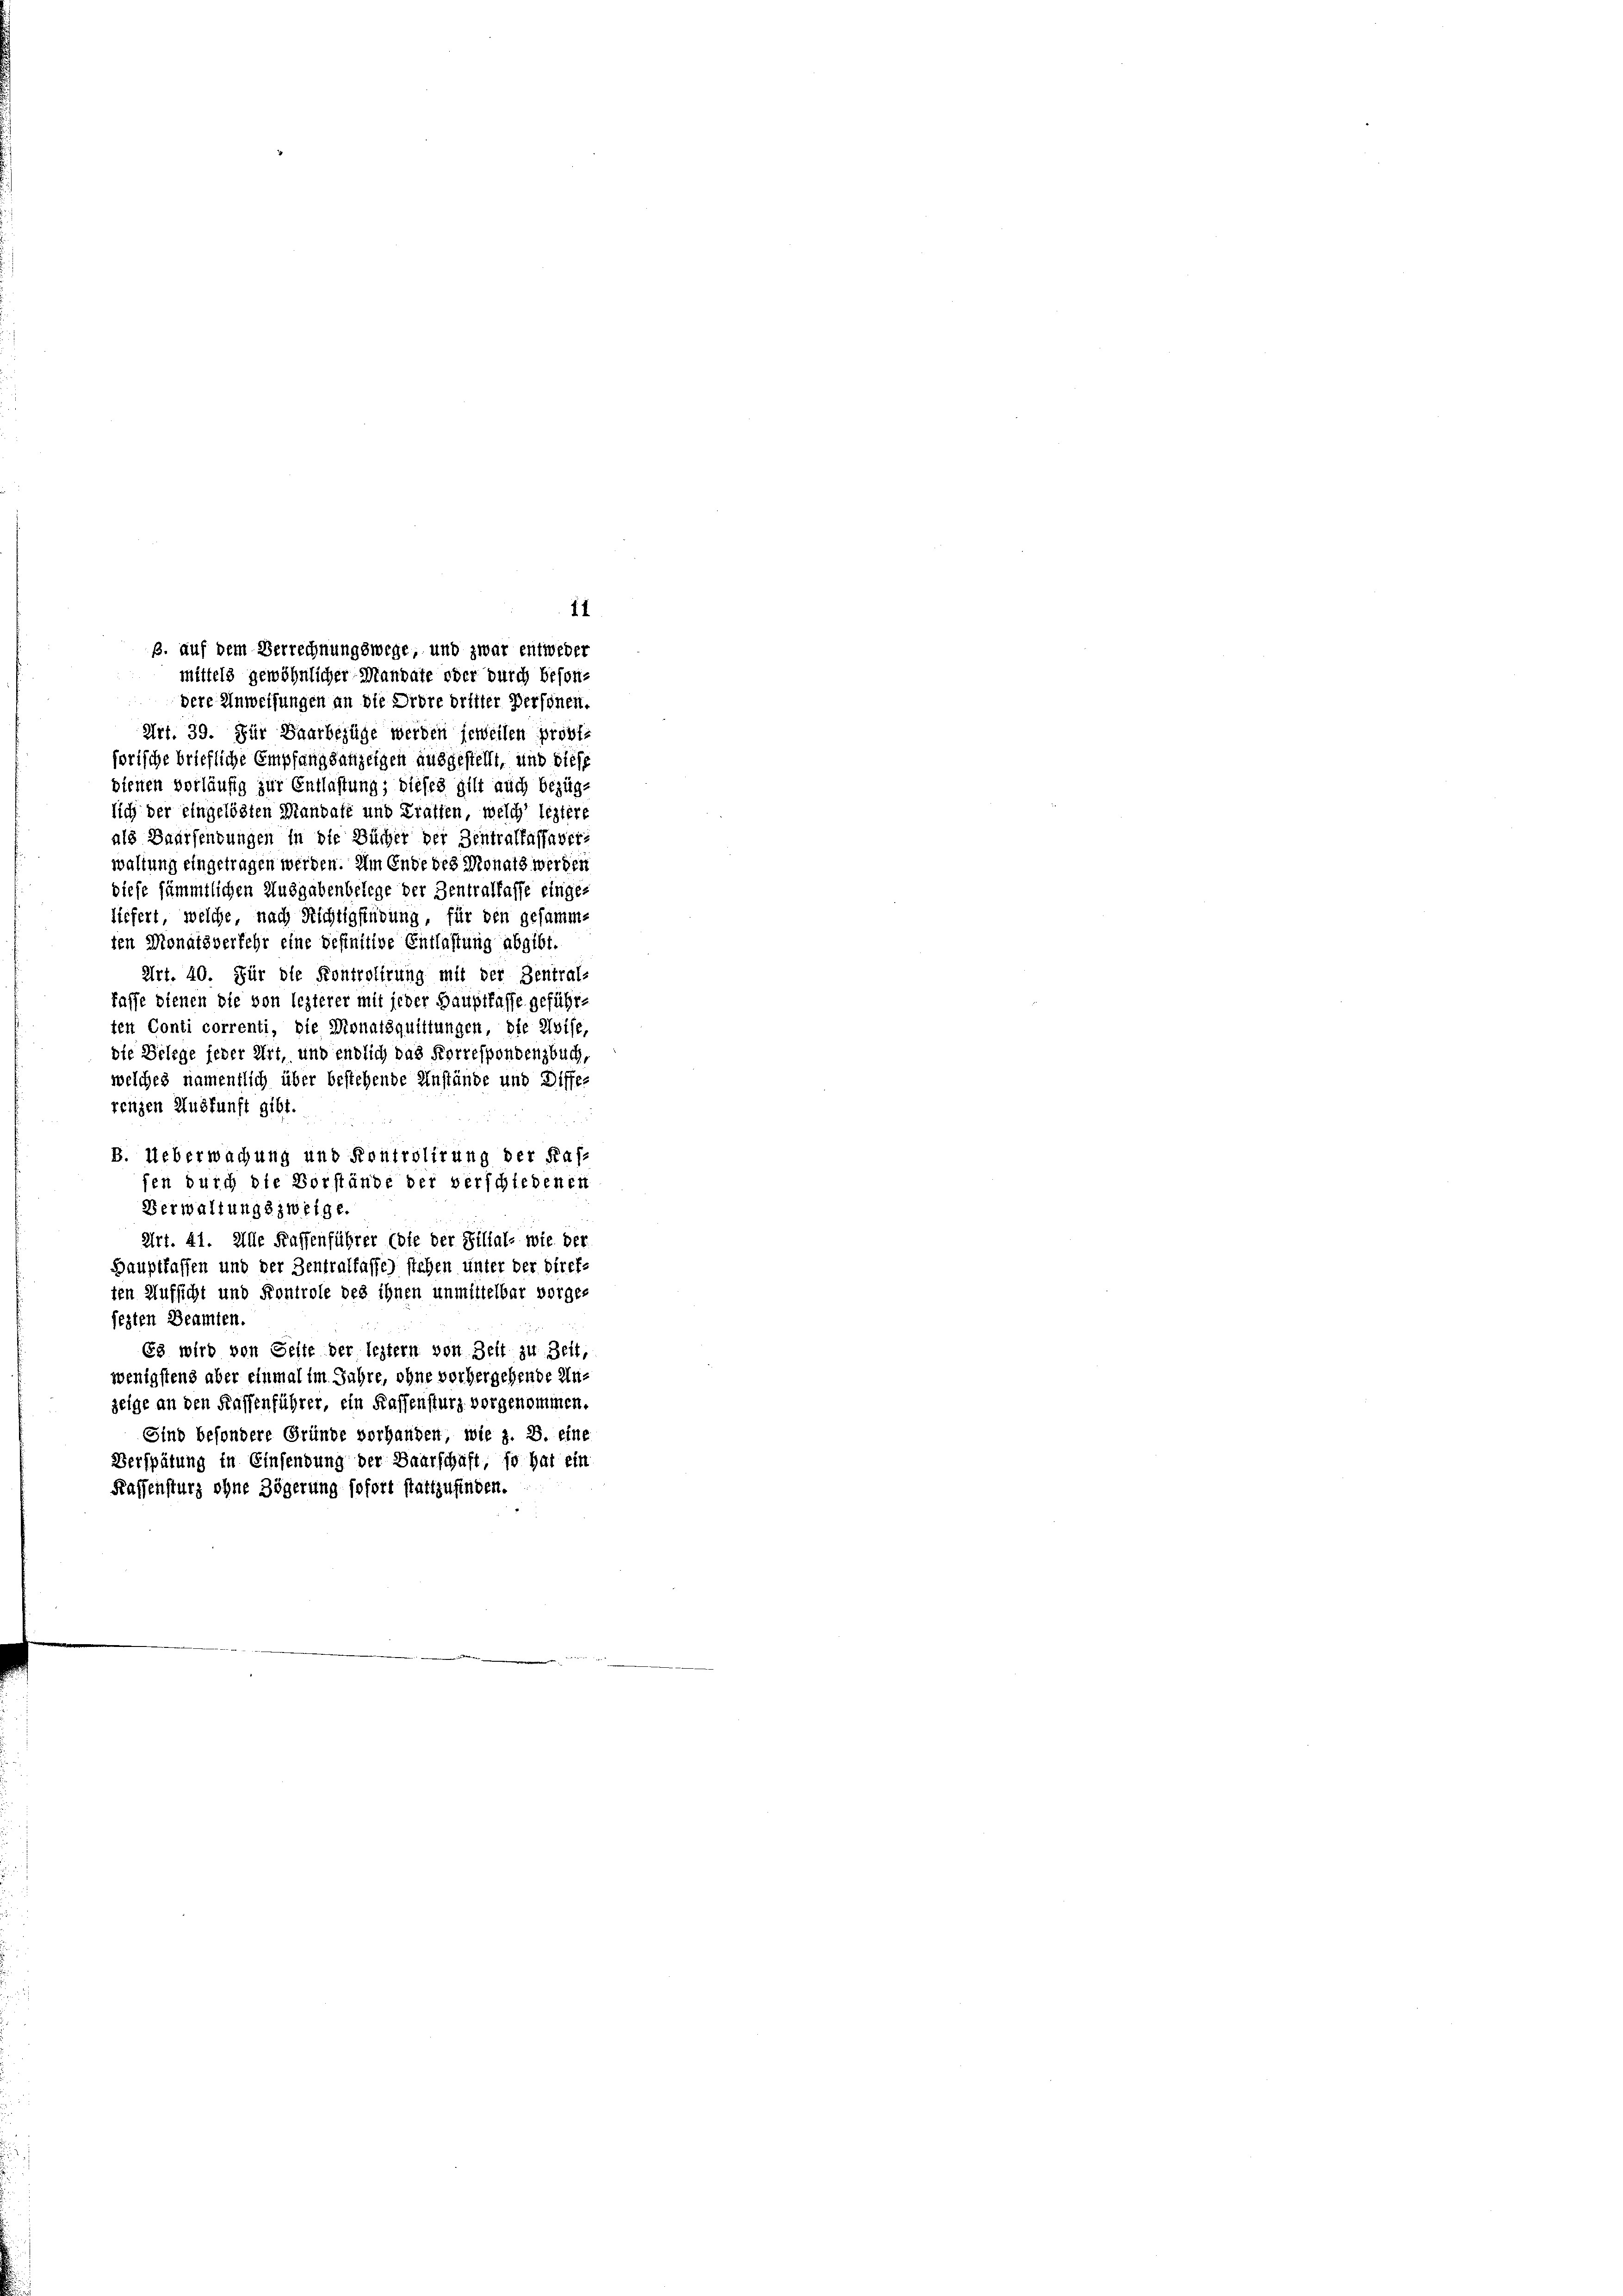
11
B. auf dem Verrechnungswege, und zwar entweder
mittels gewöhnlicher Mandate oder durch beson¬

dere Anweisungen an die Ordre dritter Personen.
Art. 39. Für Baarbezüge werden jeweilen provis
sorische briefliche Empfangsanzeigen ausgestellt, und diese
dienen vorläufig zur Entlastung; dieses gilt auch bezüg-
lich der eingelösten Mandate und Tratten, welch’ leztere
als Baarsendungen in die Bücher der Zentraffassaverwaltung eingetragen werden. Am Ende des Monats werden
diese sämmtlichen Ausgabenbelege der Zentratlasse eingeliefert, welche, nach Richtigfiübung, für den gesammten Monatsverfehr eine definitive Entlastung abgibt.
Art. 40. Für die Kontrolirung mit der Zentral-
faffe dienen die von lezterer mit jeder Hauptfasse geführten Conti correnti, die Monatsquittungen, die Avise,
die Belege jeder Art, und endlich das Korrespondenzbuch,
welches namentlich über bestehende Anstände und Diffe-
renzen Auskunft gibt.

B. Ueberwachung und Kontrolirung der Kasfen durch die Vorstände der verschiedenen
Verwaltungszweige.
Art. 41. Alle Kaffenführer (die der Filial- wie der
Hauptfaffen und der Zentralfasse) stehen unter der Diref-
ten Aufsicht und Kontrole des ihnen unmittelbar vorges
jezten Beamten.
Es wird von Seite der leztern von Zeit zu Zeit,
wenigstens aber einmal im Jahre, ohne vorhergehende Un-
zeige an den Kassenführer, ein Kassensturz vorgenommen.
Sind besondere Gründe vorhanden, wie z. B. eine
Verspätung in Einsendung der Baarschaft, so hat ein
Kassensturz ohne Zögerung sofort stattzufinden.